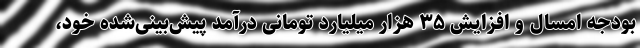
بودجه امسال و افزایش ۳۵ هزار میلیارد تومانی درآمد پیش‌بینی‌شده خود،